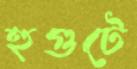
হুগুটে